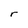
Character: r